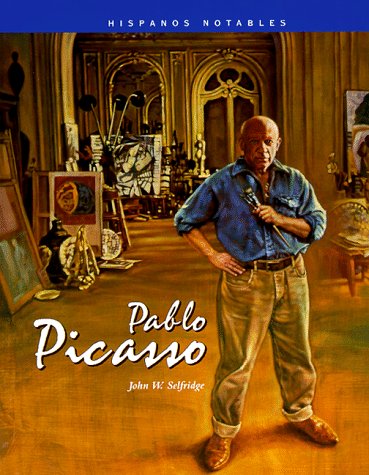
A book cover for Pablo Picasso (Hispanos Notables) (Spanish Edition); John Selfridge; Teen & Young Adult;